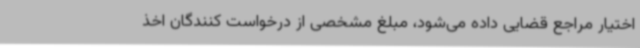
اختیار مراجع قضایی داده می‌شود، مبلغ مشخصی از درخواست کنندگان اخذ